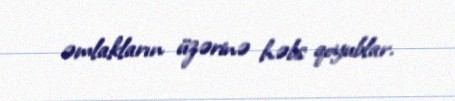
əmlakların üzərinə həbs qoyublar.